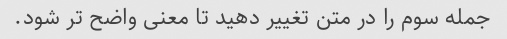
جمله سوم را در متن تغییر دهید تا معنی واضح تر شود.